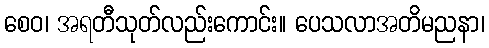
စေဝ၊ အရတီသုတ်လည်းကောင်း။ ပေသလာအတိမညနာ၊